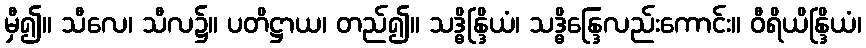
မှီ၍။ သီလေ၊ သီလ၌။ ပတိဋ္ဌာယ၊ တည်၍။ သဒ္ဓိန္ဒြိယံ၊ သဒ္ဓိန္ဒြေလည်းကောင်း။ ဝီရိယိန္ဒြိယံ၊